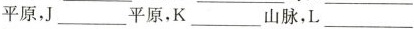
平原，J_____平原，K______山脉，L______